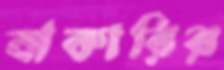
বাকারির